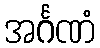
အင်္ဂဏံ